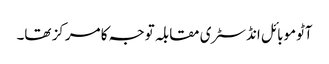
آٹوموبائل انڈسٹری مقابلہ توجہ کا مرکز تھا۔